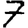
Digit: 7